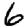
Digit: 6